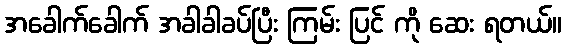
အခေါက်ခေါက် အခါခါခပ်ပြီး ကြမ်း ပြင် ကို ဆေး ရတယ်။